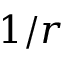
1 / r